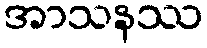
အာသနဿ